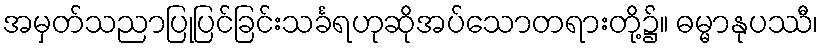
အမှတ်သညာပြုပြင်ခြင်းသင်္ခရဟုဆိုအပ်သောတရားတို့၌။ ဓမ္မာနုပဿီ၊